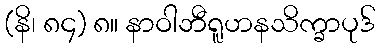
(နိ၊ ၈၄) ၈။ နာဝါဘီရူဟနသိက္ခာပုဒ်